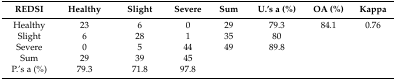
| REDSI | Healthy | Slight | Severe | Sum | U.’s a (%) | OA (%) | Kappa |
 | --- | --- | --- | --- | --- | --- | --- | --- |
 | Healthy | 23 | 6 | 0 | 29 | 79.3 | 84.1 | 0.76 |
 | Slight | 6 | 28 | 1 | 35 | 80 |  |  |
 | Severe | 0 | 5 | 44 | 49 | 89.8 |  |  |
 | Sum | 29 | 39 | 45 |  |  |  |  |
 | P.’s a (%) | 79.3 | 71.8 | 97.8 |  |  |  |  |